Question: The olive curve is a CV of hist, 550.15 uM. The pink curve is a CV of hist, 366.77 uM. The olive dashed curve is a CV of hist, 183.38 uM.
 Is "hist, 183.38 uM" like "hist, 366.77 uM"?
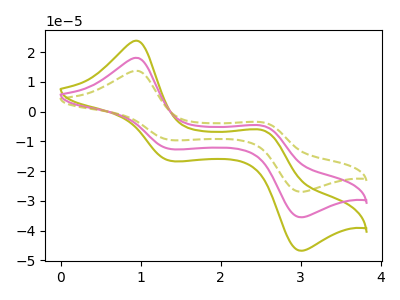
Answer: <think>The olive curve "hist, 550.15 uM" has anodic peaks at (0.95V, 36.25uA) (2.55V, -9.50uA) and cathodic peaks at (1.40V, -25.15uA) (3.00V, -71.05uA). The pink curve "hist, 366.77 uM" has anodic peaks at (0.95V, 18.15uA) (2.55V, -4.75uA) and cathodic peaks at (1.40V, -12.60uA) (3.00V, -35.50uA). The olive dashed curve "hist, 183.38 uM" has anodic peaks at (0.95V, 13.75uA) (2.55V, -3.60uA) and cathodic peaks at (1.40V, -9.55uA) (3.00V, -26.95uA).
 All the peaks in "hist, 183.38 uM" have a peak in "hist, 366.77 uM" at the same potential.</think>
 <answer>"hist, 183.38 uM" and "hist, 366.77 uM" are similar in shape.</answer>
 <eval>same_shape</eval>